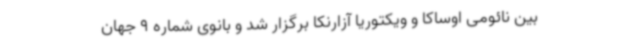
بین نائومی اوساکا و ویکتوریا آزارنکا برگزار شد و بانوی شماره 9 جهان